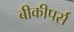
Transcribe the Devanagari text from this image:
बीकीपर्स